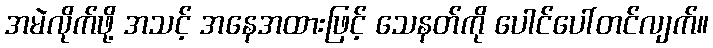
အမဲလိုက်ဖို့ အသင့် အနေအထားဖြင့် သေနတ်ကို ပေါင်ပေါ်တင်လျက်။